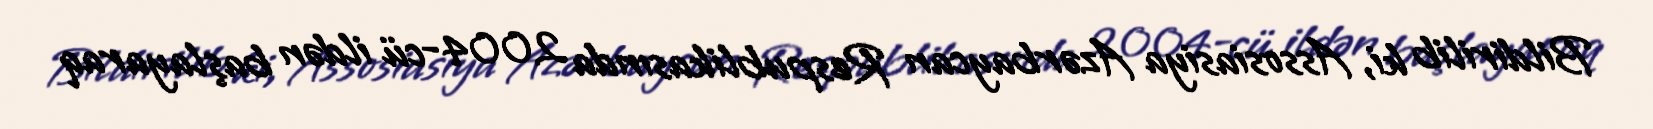
Bildirilib ki, Assosiasiya Azərbaycan Respublikasında 2004-cü ildən başlayaraq